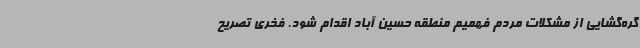
گره‌گشایی از مشکلات مردم فهمیم منطقه حسین آباد اقدام شود. فخری تصریح